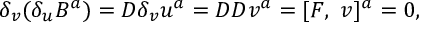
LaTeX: \delta _ { v } ( \delta _ { u } B ^ { a } ) = D \delta _ { v } u ^ { a } = D D v ^ { a } = [ F , ~ v ] ^ { a } = 0 ,